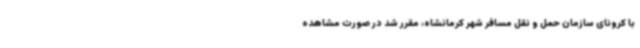
با کرونای سازمان حمل و نقل مسافر شهر کرمانشاه، مقرر شد در صورت مشاهده